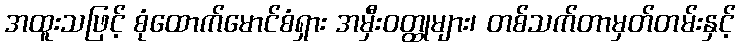
အထူးသဖြင့် စုံထောက်မောင်စံရှား အမှီးဝတ္ထုများ၊ တစ်သက်တာမှတ်တမ်းနှင့်